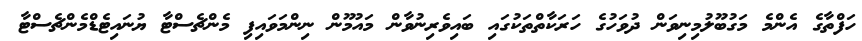
ހަފްތާގެ އެންމެ މަގުބޫލުމިނިވަން ދުވަހުގެ ހަރަކާތްތަކުގައި ބައިވެރިނުވާން މައުމޫން ނިންމަވައިފި މެންޗެސްޓާ ޔުނައިޓެޑްމެންޗެސްޓާ